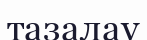
тазалау